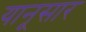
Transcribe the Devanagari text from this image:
यानूसार